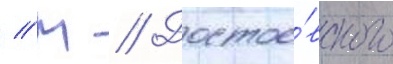
// М // Достое́вского